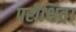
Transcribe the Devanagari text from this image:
परीक्षित।